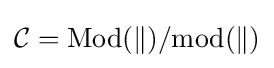
{\cal {{C}={\rm {Mod}}(k)/{\rm {mod}}(k)}}